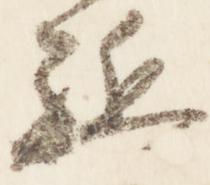
駈